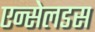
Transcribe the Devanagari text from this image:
एन्सेलडस